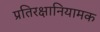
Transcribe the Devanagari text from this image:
प्रतिरक्षानियामक